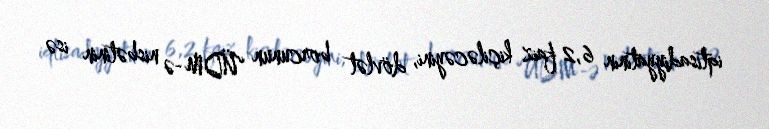
iqtisadiyyatının 6,2 faiz kiçiləcəyini, dövlət borcunun ÜDM-ə nisbətinin isə